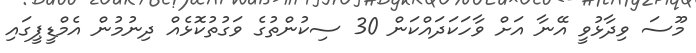
މޫސަ ވިދާޅުވީ އޭނާ އަށް ވާހަކަދައްކަން 30 ސިކުންތުގެ ވަގުތުކޮޅެއް ދިނުމުން އެމްޑީޕީގައި